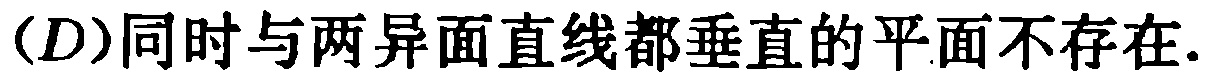
(D)同时与两异面直线都垂直的平面不存在.